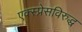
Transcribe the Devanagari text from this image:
एक्स्प्रेसविरुद्ध